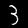
Digit: 3